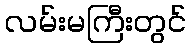
လမ်းမကြီးတွင်